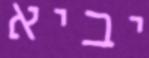
יביא